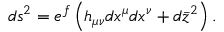
d s ^ { 2 } = e ^ { f } \left( h _ { \mu \nu } d x ^ { \mu } d x ^ { \nu } + d \bar { z } ^ { 2 } \right) .